Plague in India, 1896, 1897 - Volume 3
Year: 1896
Disease focus: Plague
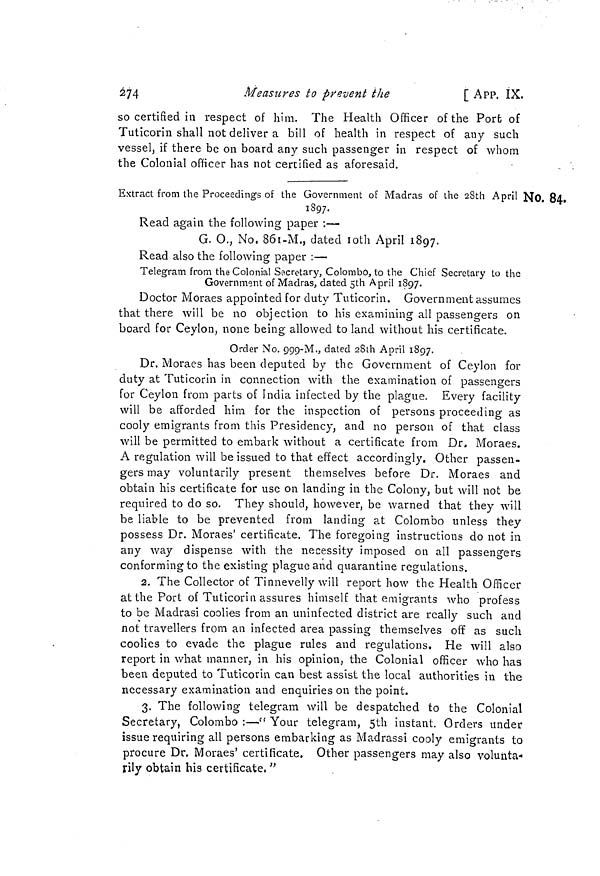
274
Measures to prevent
the
[ APP. IX.
so certified in respect of him. The Health Officer of the Port of
Tuticorin shall not deliver a bill of health in respect of any such
vessel, if there be on board any such passenger in respect of whom
the Colonial officer has not certified as aforesaid.
No. 84.
Extract from the Proceedings of the Government of Madras of the 28th April
1897.
Read again the following paper :—
G. O., No. 86i-M., dated loth April 1897.
Read also the following paper :—
Telegram from the Colonial Secretary, Colombo, to the Chief Secretary to the
Government of Madras, dated 5th April 1897.
Doctor Moraes appointed for duty Tuticorin. Government assumes
that there will be no objection to his examining all passengers on
board for Ceylon, none being allowed to land without his certificate.
Order No. 999-M., dated 28th April 1897.
Dr. Moraes has been deputed by the Government of Ceylon for
duty at Tuticorin in connection with the examination of passengers
for Ceylon from parts of India infected by the plague. Every facility
will be afforded him for the inspection of persons proceeding as
cooly emigrants from this Presidency, and no person of that class
will be permitted to embark without a certificate from Dr. Moraes.
A regulation will be issued to that effect accordingly. Other passen-
gers may voluntarily present themselves before Dr. Moraes and
obtain his certificate for use on landing in the Colony, but will not be
required to do so. They should, however, be warned that they will
be liable to be prevented from landing at Colombo unless they
possess Dr. Moraes' certificate. The foregoing instructions do not in
any way dispense with the necessity imposed on all passengers
conforming to the existing plague and quarantine regulations.
2. The Collector of Tinnevelly will report how the Health Officer
at the Port of Tuticorin assures himself that emigrants who profess
to be Madrasi coolies from an uninfected district are really such and
not travellers from an infected area passing themselves off as such
coolies to evade the plague rules and regulations. He will also
report in what manner, in his opinion, the Colonial officer who has
been deputed to Tuticorin can best assist the local authorities in the
necessary examination and enquiries on the point.
3. The following telegram will be despatched to the Colonial
Secretary, Colombo :—" Your telegram, 5th instant. Orders under
issue requiring all persons embarking as Madrassi cooly emigrants to
procure Dr. Moraes' certificate. Other passengers may also volunta-
rily obtain his certificate, "